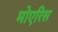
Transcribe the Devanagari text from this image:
मोएरिस